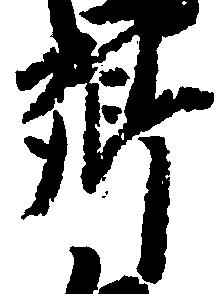
郷